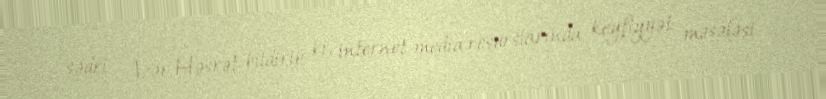
sədri Azər Həsrət bildirib ki, internet media resurslarında keyfiyyət məsələsi